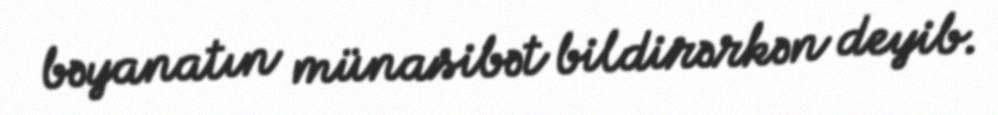
bəyanatın münasibət bildirərkən deyib.